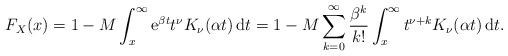
LaTeX: \begin{align*}F_X(x)=1-M\int_x^\infty\mathrm{e}^{\beta t}t^\nu K_{\nu}(\alpha t)\,\mathrm{d}t=1-M\sum_{k=0}^\infty\frac{\beta^k}{k!}\int_x^\infty t^{\nu+k}K_\nu(\alpha t)\,\mathrm{d}t.\end{align*}